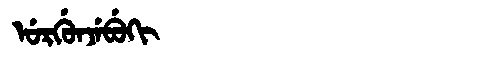
Manchu: ᡠᡵᡤᡠᠨᠵᡝᠪᡠᡴᡳ
Romanization: URGUNJEBUKI